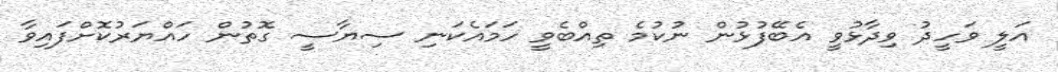
އަލީ ވަހީދު ވިދާޅުވީ އެބޭފުޅުން ނުކުމެ ތިއްބެވީ ހަމައެކަނި ސިޔާސީ ގޮތުން ހައްޔަރުކޮށްފައިވާ